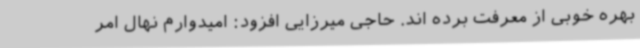
بهره خوبی از معرفت برده اند. حاجی میرزایی افزود: امیدوارم نهال امر